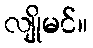
လျိုမင်။